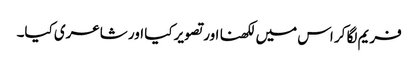
فریم لگا کر اس میں لکھنا اور تصویر کیا اور شاعری کیا۔